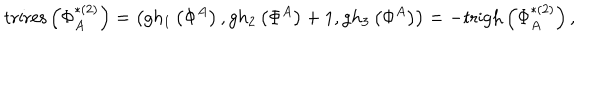
LaTeX: \mathrm { t r i r e s } \left( \Phi _ { A } ^ { * ( 2 ) } \right) = \left( g h _ { 1 } \left( \Phi ^ { A } \right) , g h _ { 2 } \left( \Phi ^ { A } \right) + 1 , g h _ { 3 } \left( \Phi ^ { A } \right) \right) = - \mathrm { t r i g h } \left( \Phi _ { A } ^ { * ( 2 ) } \right) ,